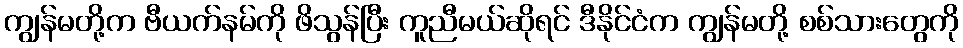
ကျွန်မတို့က ဗီယက်နမ်ကို ဖိသွန်ပြီး ကူညီမယ်ဆိုရင် ဒီနိုင်ငံက ကျွန်မတို့ စစ်သားတွေကို